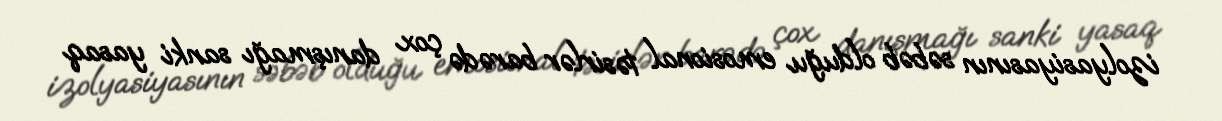
izolyasiyasının səbəb olduğu emosional təsirlər barədə çox danışmağı sanki yasaq